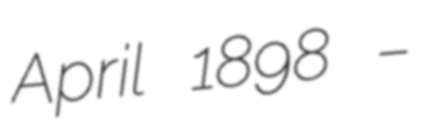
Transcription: April 1898 –